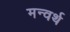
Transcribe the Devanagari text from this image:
मन्वर्थ